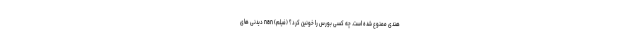
هندی ممنوع شده است. چه کسی بورس را خونین کرد؟ (فیلم) nan دیدنی های